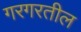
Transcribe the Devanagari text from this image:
गरगरतील